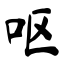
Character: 呕